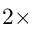
2 \times